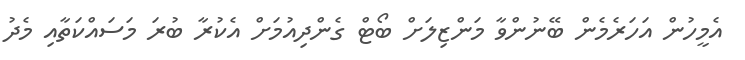
އެމީހުން އަހަރެމެން ބޭނުންވާ މަންޒިލަށް ބޯޓް ގެންދިއުމަށް އެކުރާ ބުރަ މަސައްކަތާއި މެދު